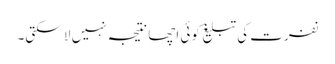
نفرت کی تبلیغ کوئی اچھا نتیجہ نہیں لا سکتی۔